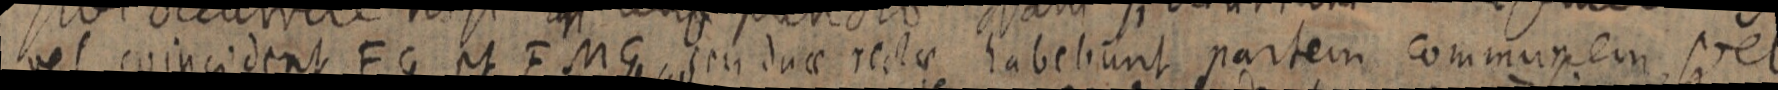
vel coincident FG et FMG, seu duae rectae habebunt partem communem vel